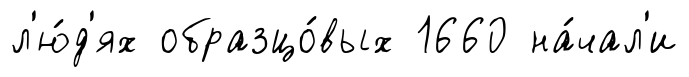
л'ю́д'ях образцо́вых 1660 на́чал'и